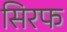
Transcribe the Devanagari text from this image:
सिरफ